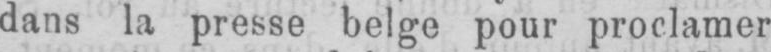
dans la presse belge pour proclamer